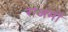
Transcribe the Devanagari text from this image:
राअमों